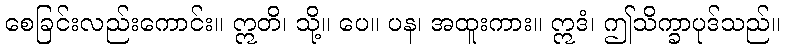
စေခြင်းလည်းကောင်း။ ဣတိ၊ သို့။ ပေ။ ပန၊ အထူးကား။ ဣဒံ၊ ဤသိက္ခာပုဒ်သည်။